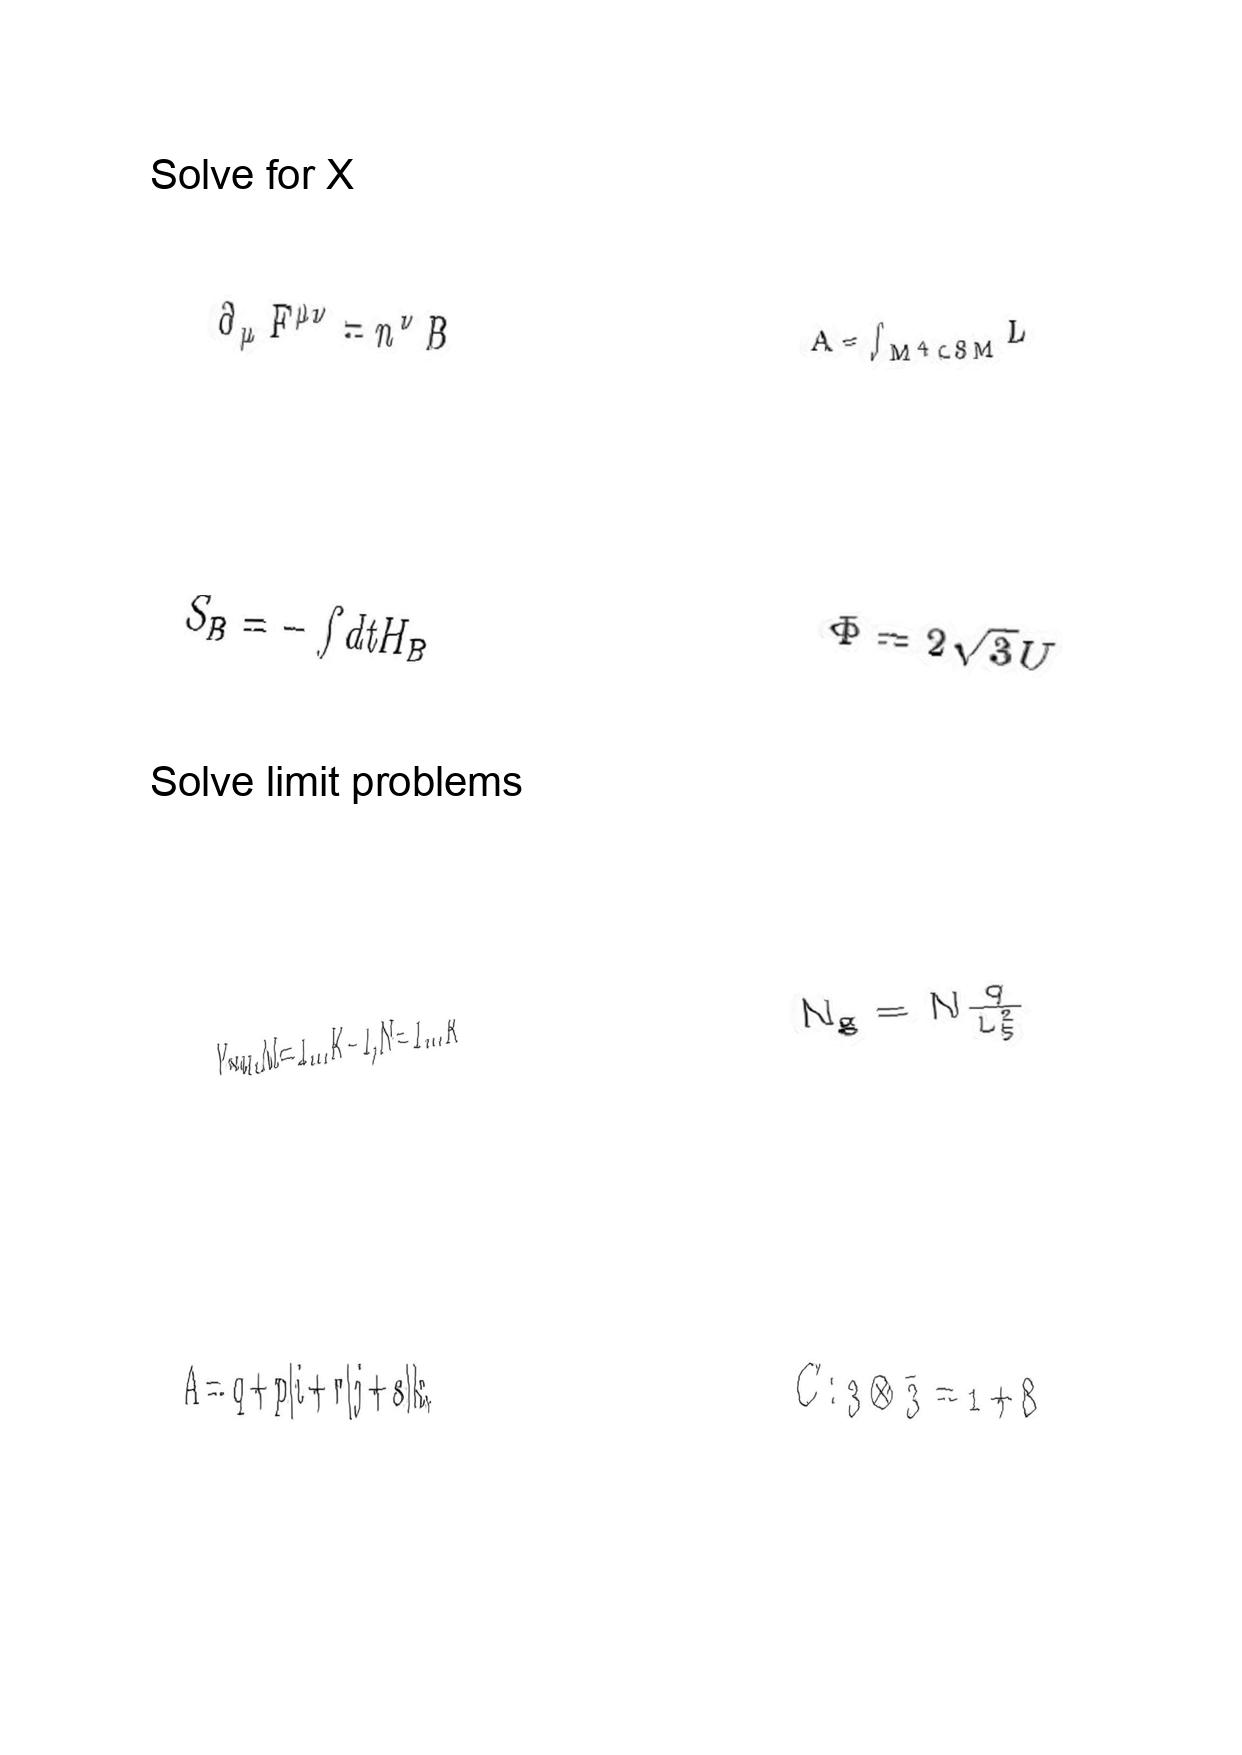
LaTeX transcription:
\partial _ { \mu } F ^ { \mu \nu } = n ^ { \nu } B
S _ { B } = - \int d t H _ { B }
Y _ { N M } , M = 1 \ldots K - 1 , N = 1 \ldots K
A = q + p \vert i + r \vert j + s \vert k ,
A = \int _ { M ^ { 4 } \subset S M } L
\Phi = 2 \sqrt { 3 } U
N _ { g } = N \frac { q } { L _ { 5 } ^ { 2 } }
C : 3 \otimes \bar { 3 } = 1 + 8